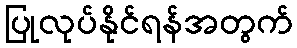
ပြုလုပ်နိုင်ရန်အတွက်